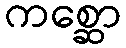
ကစ္ဆော